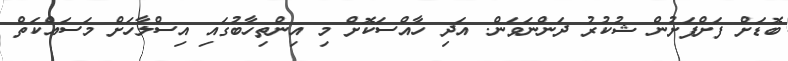
ބޮޑަށް ފަށްފަށުން ޝުކުރު ދަންނަވަން. އަދި ހާއްސަކޮށް މި އިންތިހާބުގައި އިސްލާހަށް މަސައްކަތް